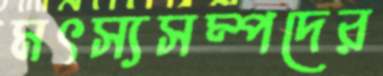
মৎস্যসম্পদের